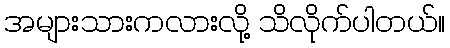
အများသားကလားလို့ သိလိုက်ပါတယ်။